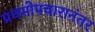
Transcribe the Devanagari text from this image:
प्रथमोपचारानंतर